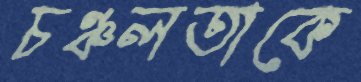
চঞ্চলতাকে